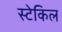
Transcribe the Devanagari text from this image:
स्टेकिल